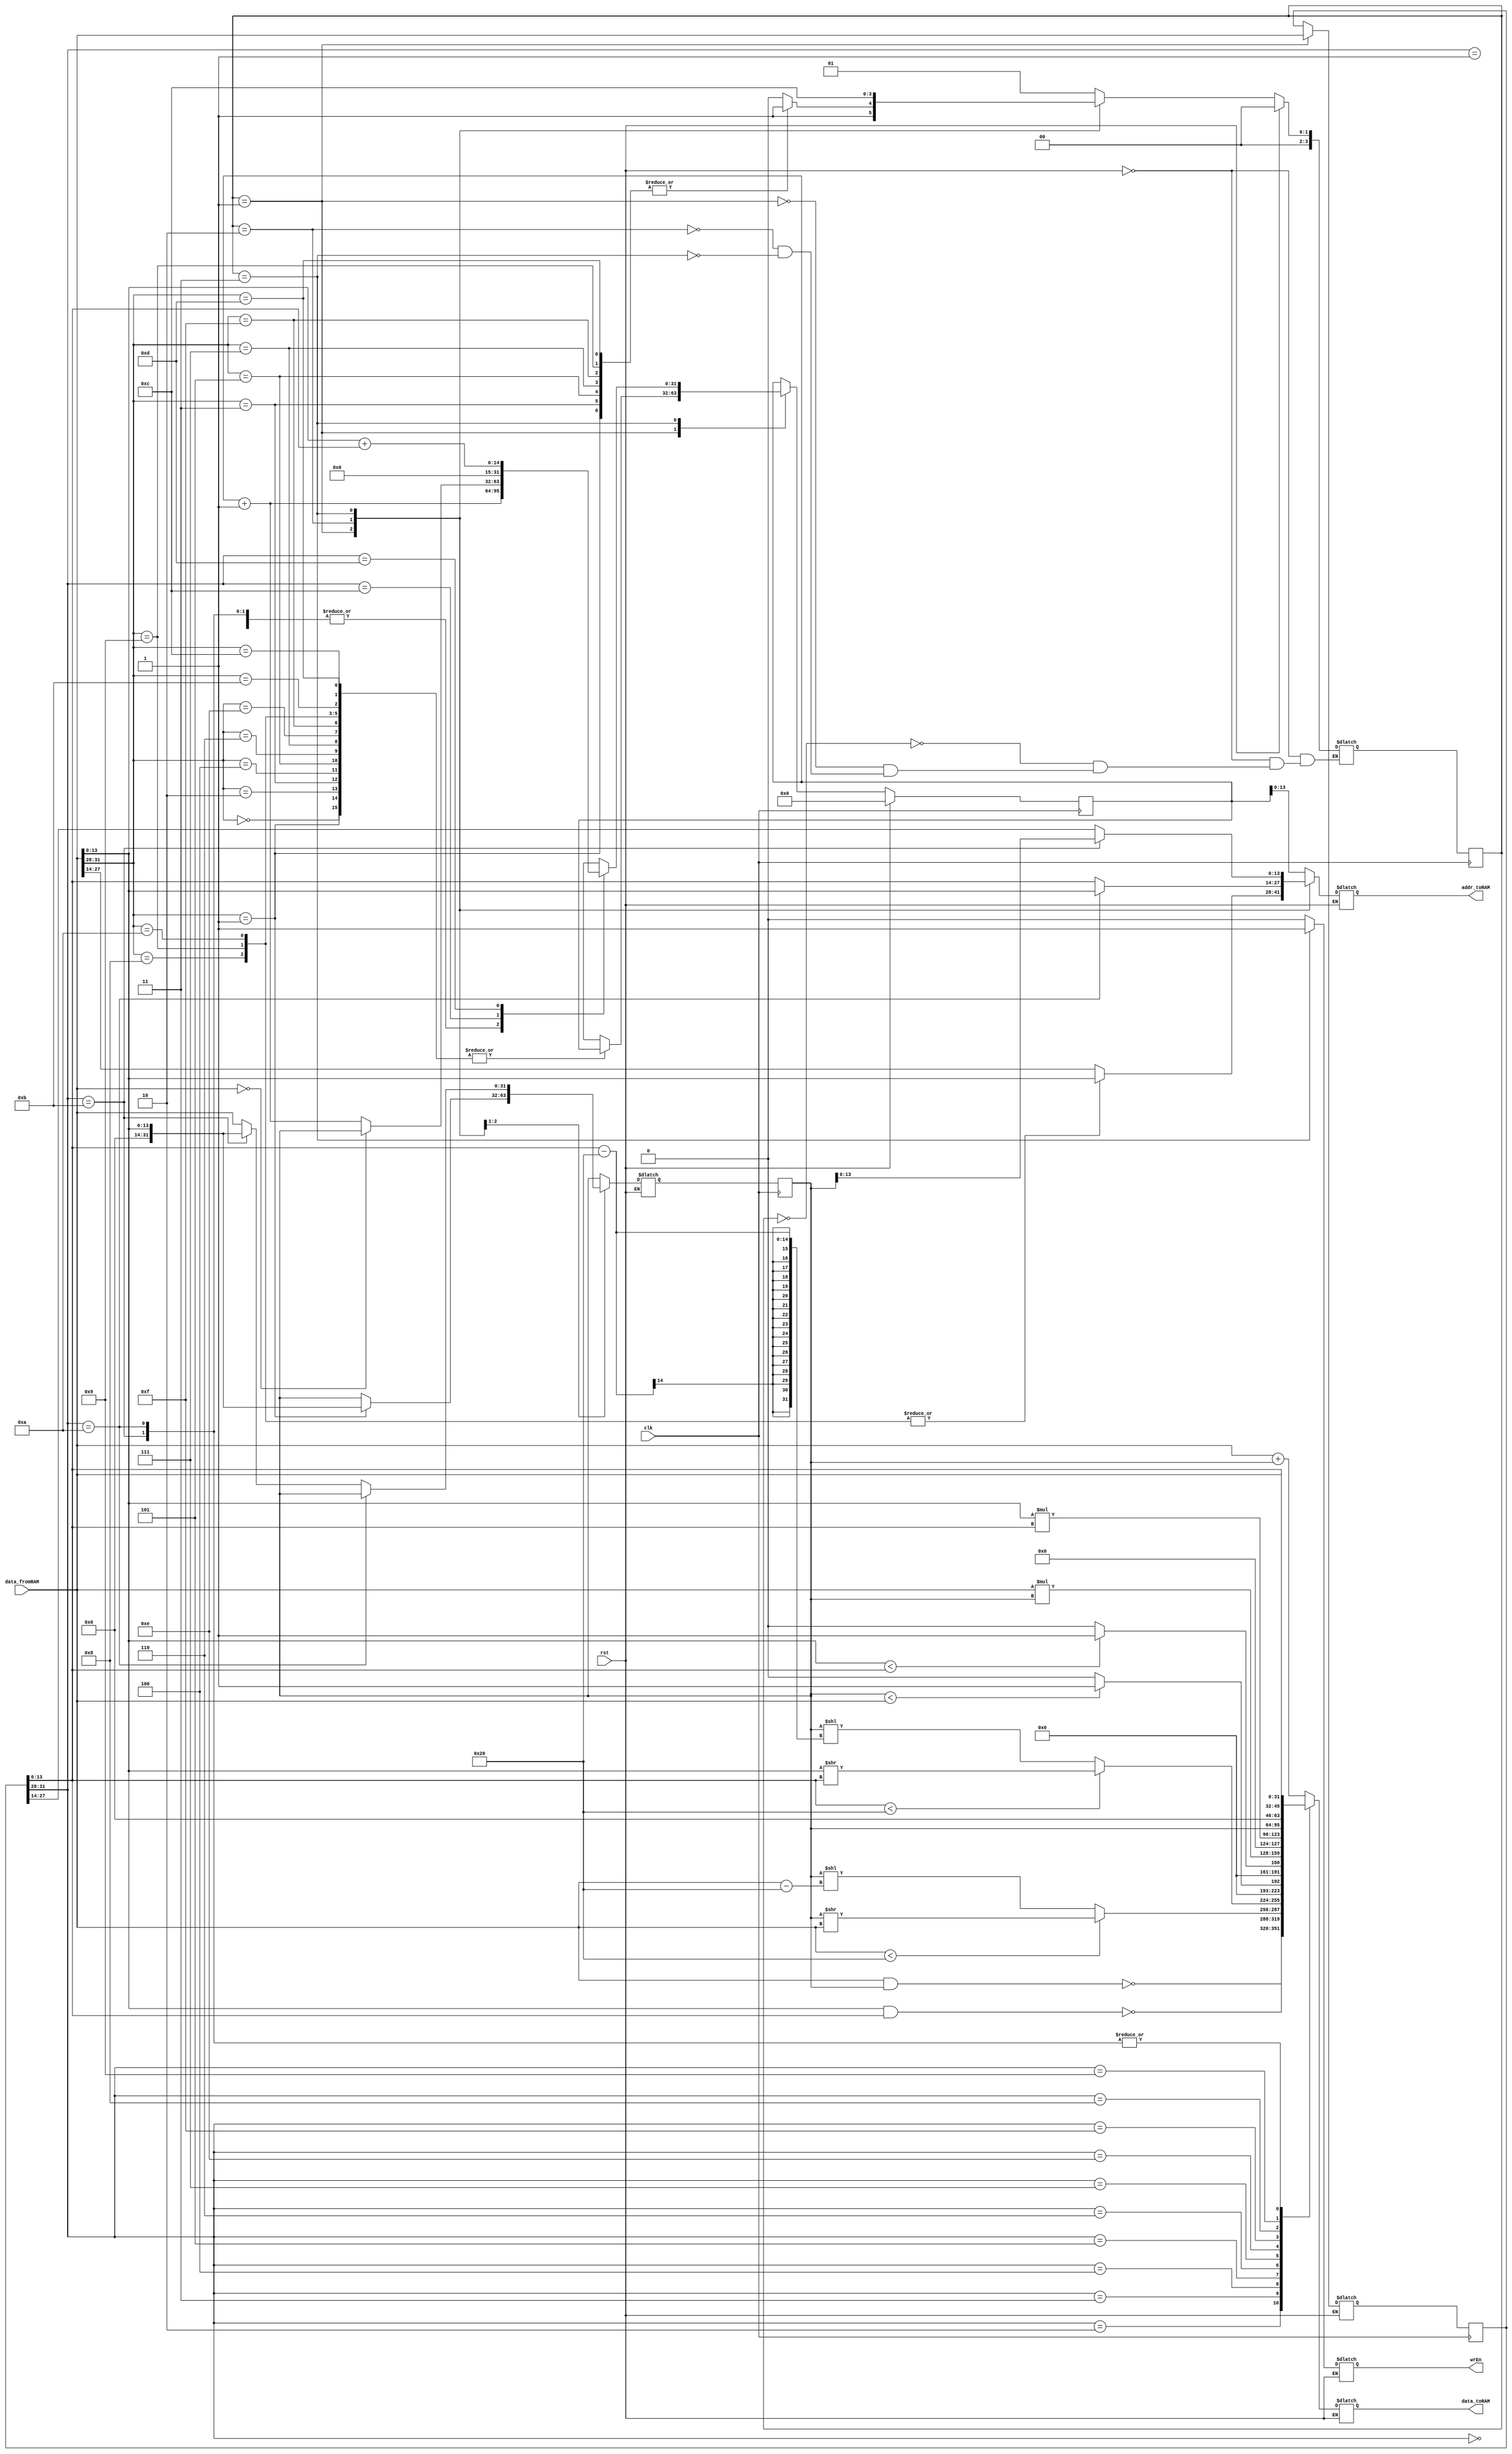
module VerySimpleCPU(clk, rst, data_fromRAM, wrEn, addr_toRAM, data_toRAM);
	parameter SIZE = 14;
	input clk, rst;
	input wire [31:0] data_fromRAM;
	output reg wrEn;
	output reg [SIZE-1:0] addr_toRAM;
	output reg [31:0] data_toRAM;
	reg [3:0] state_current, state_next;
  reg [31:0] pc_current, pc_next,iw_current, iw_next, r1_current, r1_next;
  	always @(posedge clk) begin
    	state_current  <= state_next;
			pc_current  <= pc_next;
			iw_current  <= iw_next;
			r1_current  <= r1_next;
  	end
  always @* begin
    if (rst) begin
      pc_next = 0;
      state_next = 3'h0;
     end
     else begin
       addr_toRAM = 14'hxxxx;
       data_toRAM = 32'hxxxxxxxx;
       wrEn=1'b0;
       pc_next = pc_current;
       iw_next = iw_current;
       r1_next = r1_current;
       case (state_current) 
         3'h0: begin
         	addr_toRAM = pc_current;
        	wrEn = 1'b0;
           	state_next = 3'h1; 
         end
         3'h1:begin
           iw_next = data_fromRAM;
			case(data_fromRAM [31:28])
				{3'b000 ,1'b0}: begin // ADD
					addr_toRAM = data_fromRAM [27:14];
					state_next = 2;
				end
				{3'b000 ,1'b1}: begin // ADDi
                  wrEn=0;
					addr_toRAM = data_fromRAM [27:14];
					iw_next = data_fromRAM;
					r1_next = data_fromRAM[13:0];
					state_next = 3;
				end
				{3'b001 ,1'b0}: begin // NAND
					addr_toRAM = data_fromRAM [27:14];
					iw_next = data_fromRAM;
					state_next = 2;
				end
				{3'b001 ,1'b1}: begin // NANDi
					addr_toRAM = data_fromRAM [27:14];
					iw_next = data_fromRAM;
					state_next = 3;
				end
				{3'b010 ,1'b0}: begin // SRL
					addr_toRAM = data_fromRAM [27:14];
					iw_next = data_fromRAM;
					state_next = 2;
				end
				{3'b010 ,1'b1}: begin // SRLi
					addr_toRAM = data_fromRAM [27:14];
					iw_next = data_fromRAM;
					state_next = 3;
				end			
				{3'b011 ,1'b0}: begin // LT
					addr_toRAM = data_fromRAM [27:14];
					iw_next = data_fromRAM;
					state_next = 2;
				end
				{3'b011 ,1'b1}: begin // LTi
					addr_toRAM = data_fromRAM [27:14];
					iw_next = data_fromRAM;
					state_next = 3;
				end
				{3'b111 ,1'b0}: begin // MUL
					addr_toRAM = data_fromRAM [27:14];
					iw_next = data_fromRAM;
					state_next = 2;
				end
				{3'b111 ,1'b1}: begin // MULi
					addr_toRAM = data_fromRAM [27:14];
					iw_next = data_fromRAM;
					state_next = 3;
				end
				{3'b100 ,1'b0}: begin // CP
					addr_toRAM = data_fromRAM [13:0];
					iw_next = data_fromRAM;
					state_next = 2;
				end
				{3'b100 ,1'b1}: begin // CPi
					addr_toRAM = data_fromRAM [13:0];
					iw_next = data_fromRAM;
					state_next = 3;
				end
				{3'b101 ,1'b0}: begin // CPI
					addr_toRAM = data_fromRAM [13:0];
					iw_next = data_fromRAM;
					state_next = 2;
				end					
				{3'b101 ,1'b1}: begin // CPIi
					addr_toRAM = data_fromRAM [27:14];
					iw_next = data_fromRAM;
					state_next = 2;
				end	
				{3'b110 ,1'b0}: begin // BZJ
					addr_toRAM = data_fromRAM [27:14];
					iw_next = data_fromRAM;
					state_next = 2;
				end	
				{3'b110 ,1'b1}: begin // BZJi
					addr_toRAM = data_fromRAM [27:14];
					iw_next = data_fromRAM;
					state_next = 3;
				end	
				default: begin
					pc_next = pc_current;
					state_next = 0;
				end
			endcase
		end
         3'h2: begin
           if (iw_current[31:28] == 4'b1010) begin //CPI

				addr_toRAM = data_fromRAM [13:0];
				state_next = 3;
			end
			else if(iw_current[31:28] == 4'b1011) begin //CPIi
				
				r1_next = data_fromRAM[13:0];
				addr_toRAM = iw_current[13:0];
				state_next = 3;
			end
			else begin
				r1_next = data_fromRAM;
				addr_toRAM = iw_current [13:0];
				state_next = 3;
			end
         end
         3'h3: begin
           case(iw_current [31:28])
				{3'b000 ,1'b0}: begin // ADD
					wrEn = 1;
					addr_toRAM = iw_current [27:14];
					data_toRAM = data_fromRAM + r1_current;
					pc_next = pc_current + 1'b1;
					state_next = 0;
				end
				{3'b000,1'b1}: begin // ADDi
					wrEn = 1;
					addr_toRAM = iw_current [27:14];
					data_toRAM = r1_current + data_fromRAM;
					pc_next = pc_current + 1'b1;
					state_next = 0;
				end
				{3'b001,1'b0}: begin // NAND
					wrEn = 1;
					addr_toRAM = iw_current [27:14];
					data_toRAM = ~(data_fromRAM & r1_current);
					pc_next = pc_current + 1'b1;
					state_next = 0;
				end
				{3'b001,1'b1}: begin // NANDi
					wrEn = 1;
					addr_toRAM = iw_current [27:14];
					data_toRAM = ~(data_fromRAM[13:0] & iw_current[13:0]);
					pc_next = pc_current + 1'b1;
					state_next = 0;
				end
				{3'b010,1'b0}: begin // SRL
					wrEn = 1;
					addr_toRAM = iw_current [27:14];
					data_toRAM = (data_fromRAM < 32) ?  (r1_current >> data_fromRAM) : (r1_current << (data_fromRAM - 32)) ;
					pc_next = pc_current + 1'b1;
					state_next = 0;
				end
				{3'b010,1'b1}: begin // SRLi
					wrEn = 1;
					addr_toRAM = iw_current [27:14];
					data_toRAM = (iw_current[13:0] < 32) ?  (data_fromRAM[13:0] >> iw_current[13:0]) : (r1_current << (iw_current[13:0] - 32)) ;
					pc_next = pc_current + 1'b1;
					state_next = 0;
				end
				{3'b011,1'b0}: begin // LT
					wrEn = 1;
					addr_toRAM = iw_current [27:14];
					data_toRAM = (r1_current < data_fromRAM) ? 1 : 0;
					pc_next = pc_current + 1'b1;
					state_next = 0;
				end
				{3'b011,1'b1}: begin // LTi
					wrEn = 1;
					addr_toRAM = iw_current [27:14];
					data_toRAM = (data_fromRAM[13:0] < iw_current[13:0]) ? 1 : 0;
					pc_next = pc_current + 1'b1;
					state_next = 0;
				end
				{3'b111 ,1'b0}: begin // MUL
					wrEn = 1;
					addr_toRAM = iw_current [27:14];
					data_toRAM = data_fromRAM * r1_current;
					pc_next = pc_current + 1'b1;
					state_next = 0;
				end
				{3'b111,1'b1}: begin // MULi
					wrEn = 1;
					addr_toRAM = iw_current [27:14];
					data_toRAM = data_fromRAM[13:0] * iw_current[13:0];
					pc_next = pc_current + 1'b1;
					state_next = 0;
				end				
				{3'b100 ,1'b0}: begin // CP
					wrEn = 1;
					addr_toRAM = iw_current [27:14];
					data_toRAM = r1_current;
					pc_next = pc_current + 1'b1;
					state_next = 0;
				end
				{3'b100 ,1'b1}: begin // CPi
					wrEn = 1;
					addr_toRAM = iw_current [27:14];
					data_toRAM = iw_current[13:0];
					pc_next = pc_current + 1'b1;
					state_next = 0;
				end
				{3'b101 ,1'b0}: begin // CPI
					wrEn = 1;
					addr_toRAM = iw_current [27:14];
					data_toRAM = data_fromRAM;
					pc_next = pc_current + 1'b1;
					state_next = 0;
				end	
				{3'b101 ,1'b1}: begin // CPIi
					wrEn = 1;
					addr_toRAM = r1_current[13:0];
					data_toRAM = data_fromRAM;
					pc_next = pc_current + 1'b1;
					state_next = 0;
				end	
				{3'b110 ,1'b0}: begin // BZJ
					wrEn = 1;
					pc_next = (data_fromRAM == 0) ? (r1_current) : (pc_next + 1);
					state_next = 0;
				end	
				{3'b110 ,1'b1}: begin // BZJi
					wrEn = 1;
					pc_next = data_fromRAM[13:0] + iw_current[13:0];
					state_next = 0;
				end							
			endcase
         end
        endcase
     end
  end
endmodule